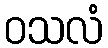
ဝသလံ